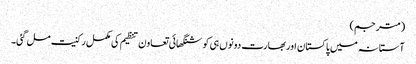
(مترجم)
آستانہ میں پاکستان اور بھارت دونوں ہی کو شنگھائی تعاون تنظیم کی مکمل رکنیت مل گئی۔